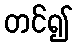
တင်၍